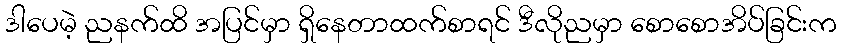
ဒါပေမဲ့ ညနက်ထိ အပြင်မှာ ရှိနေတာထက်စာရင် ဒီလိုညမှာ စောစောအိပ်ခြင်းက